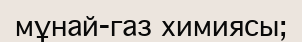
мұнай-газ химиясы;